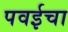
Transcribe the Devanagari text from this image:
पवईचा